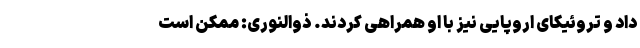
داد و تروئیکای اروپایی نیز با او همراهی کردند. ذوالنوری: ممکن است